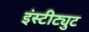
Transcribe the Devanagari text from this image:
इंस्‍टीट्युट